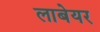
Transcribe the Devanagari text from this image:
लाबेयर